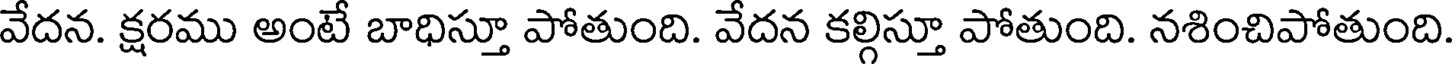
వేదన. క్షరము అంటే బాధిస్తూ పోతుంది. వేదన కల్గిస్తూ పోతుంది. నశించిపోతుంది